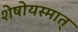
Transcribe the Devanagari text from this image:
शेषोयस्मात्